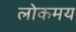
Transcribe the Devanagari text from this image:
लोकमय